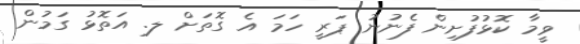
ވީމާ ކޮޅުފުށިން ފެނުނު ޕަރީ ހަމަ އެ ގޮތަށް ލ. އަތޮޅު ގަމުން